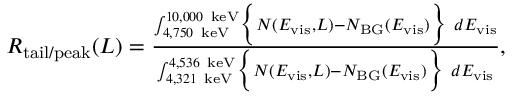
\begin{array} { r } { R _ { \mathrm { t a i l / p e a k } } ( L ) = \frac { \int _ { 4 , 7 5 0 ~ \mathrm { k e V } } ^ { 1 0 , 0 0 0 ~ \mathrm { k e V } } \Bigl \{ N ( E _ { \mathrm { v i s } } , L ) - N _ { \mathrm { B G } } ( E _ { \mathrm { v i s } } ) \Bigr \} ~ d E _ { \mathrm { v i s } } } { \int _ { 4 , 3 2 1 ~ \mathrm { k e V } } ^ { 4 , 5 3 6 ~ \mathrm { k e V } } \Bigl \{ N ( E _ { \mathrm { v i s } } , L ) - N _ { \mathrm { B G } } ( E _ { \mathrm { v i s } } ) \Bigr \} ~ d E _ { \mathrm { v i s } } } , } \end{array}